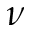
\nu